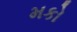
મકો